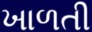
ખાળતી